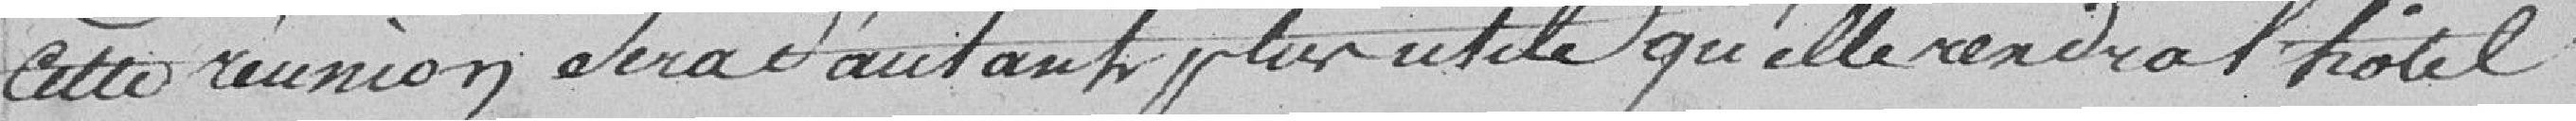
cette réunion sera d'autant plus inutile qu'elle rendre l'hôtel